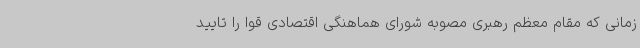
زمانی که مقام معظم رهبری مصوبه شورای هماهنگی اقتصادی قوا را تایید